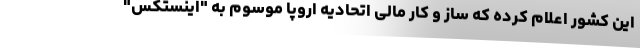
این کشور اعلام کرده که ساز و کار مالی اتحادیه اروپا موسوم به "اینستکس"